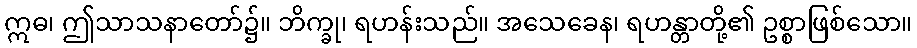
ဣဓ၊ ဤသာသနာတော်၌။ ဘိက္ခု၊ ရဟန်းသည်။ အသေခေန၊ ရဟန္တာတို့၏ ဥစ္စာဖြစ်သော။